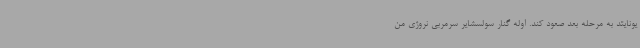
یونایتد به مرحله بعد صعود کند. اوله گنار سولسشایر سرمربی نروژی من